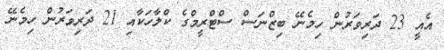
އެއީ 23 ދަރިވަރުން ހިމެނޭ ބިޒްނަސް ސްޓްރީމްގެ ކްލާހަކާއި 21 ދަރިވަރުން ހިމެނޭ